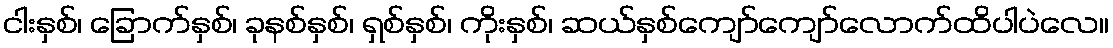
ငါးနှစ်၊ ခြောက်နှစ်၊ ခုနစ်နှစ်၊ ရှစ်နှစ်၊ ကိုးနှစ်၊ ဆယ်နှစ်ကျော်ကျော်လောက်ထိပါပဲလေ။